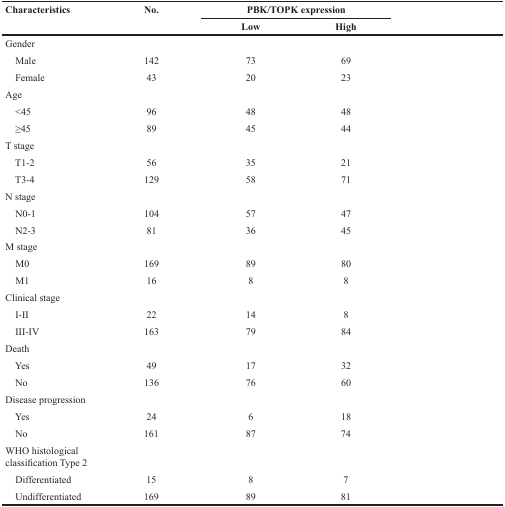
<table><thead><tr><td rowspan="2"><b>Characteristics</b></td><td rowspan="2"><b>No.</b></td><td colspan="2"><b>PBK/TOPK expression</b></td><td rowspan="2">[EMPTY_CELL]</td></tr><tr><td><b>Low</b></td><td><b>High</b></td></tr></thead><tbody><tr><td>Gender</td><td>[EMPTY_CELL]</td><td>[EMPTY_CELL]</td><td>[EMPTY_CELL]</td><td>[EMPTY_CELL]</td></tr><tr><td> Male</td><td>142</td><td>73</td><td>69</td><td>[EMPTY_CELL]</td></tr><tr><td> Female</td><td>43</td><td>20</td><td>23</td><td>[EMPTY_CELL]</td></tr><tr><td>Age</td><td>[EMPTY_CELL]</td><td>[EMPTY_CELL]</td><td>[EMPTY_CELL]</td><td>[EMPTY_CELL]</td></tr><tr><td> &lt;45</td><td>96</td><td>48</td><td>48</td><td>[EMPTY_CELL]</td></tr><tr><td> ≥45</td><td>89</td><td>45</td><td>44</td><td>[EMPTY_CELL]</td></tr><tr><td>T stage</td><td>[EMPTY_CELL]</td><td>[EMPTY_CELL]</td><td>[EMPTY_CELL]</td><td>[EMPTY_CELL]</td></tr><tr><td> T1-2</td><td>56</td><td>35</td><td>21</td><td>[EMPTY_CELL]</td></tr><tr><td> T3-4</td><td>129</td><td>58</td><td>71</td><td>[EMPTY_CELL]</td></tr><tr><td>N stage</td><td>[EMPTY_CELL]</td><td>[EMPTY_CELL]</td><td>[EMPTY_CELL]</td><td>[EMPTY_CELL]</td></tr><tr><td> N0-1</td><td>104</td><td>57</td><td>47</td><td>[EMPTY_CELL]</td></tr><tr><td> N2-3</td><td>81</td><td>36</td><td>45</td><td>[EMPTY_CELL]</td></tr><tr><td>M stage</td><td>[EMPTY_CELL]</td><td>[EMPTY_CELL]</td><td>[EMPTY_CELL]</td><td>[EMPTY_CELL]</td></tr><tr><td> M0</td><td>169</td><td>89</td><td>80</td><td>[EMPTY_CELL]</td></tr><tr><td> M1</td><td>16</td><td>8</td><td>8</td><td>[EMPTY_CELL]</td></tr><tr><td>Clinical stage</td><td>[EMPTY_CELL]</td><td>[EMPTY_CELL]</td><td>[EMPTY_CELL]</td><td>[EMPTY_CELL]</td></tr><tr><td> I-II</td><td>22</td><td>14</td><td>8</td><td>[EMPTY_CELL]</td></tr><tr><td> III-IV</td><td>163</td><td>79</td><td>84</td><td>[EMPTY_CELL]</td></tr><tr><td>Death</td><td>[EMPTY_CELL]</td><td>[EMPTY_CELL]</td><td>[EMPTY_CELL]</td><td>[EMPTY_CELL]</td></tr><tr><td> Yes</td><td>49</td><td>17</td><td>32</td><td>[EMPTY_CELL]</td></tr><tr><td> No</td><td>136</td><td>76</td><td>60</td><td>[EMPTY_CELL]</td></tr><tr><td>Disease progression</td><td>[EMPTY_CELL]</td><td>[EMPTY_CELL]</td><td>[EMPTY_CELL]</td><td>[EMPTY_CELL]</td></tr><tr><td> Yes</td><td>24</td><td>6</td><td>18</td><td>[EMPTY_CELL]</td></tr><tr><td> No</td><td>161</td><td>87</td><td>74</td><td>[EMPTY_CELL]</td></tr><tr><td>WHO histological classification Type 2</td><td>[EMPTY_CELL]</td><td>[EMPTY_CELL]</td><td>[EMPTY_CELL]</td><td>[EMPTY_CELL]</td></tr><tr><td> Differentiated</td><td>15</td><td>8</td><td>7</td><td>[EMPTY_CELL]</td></tr><tr><td> Undifferentiated</td><td>169</td><td>89</td><td>81</td><td>[EMPTY_CELL]</td></tr></tbody></table>